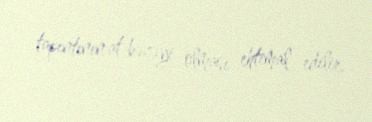
tapıntının at bəzəyi olması ehtimal edilir.